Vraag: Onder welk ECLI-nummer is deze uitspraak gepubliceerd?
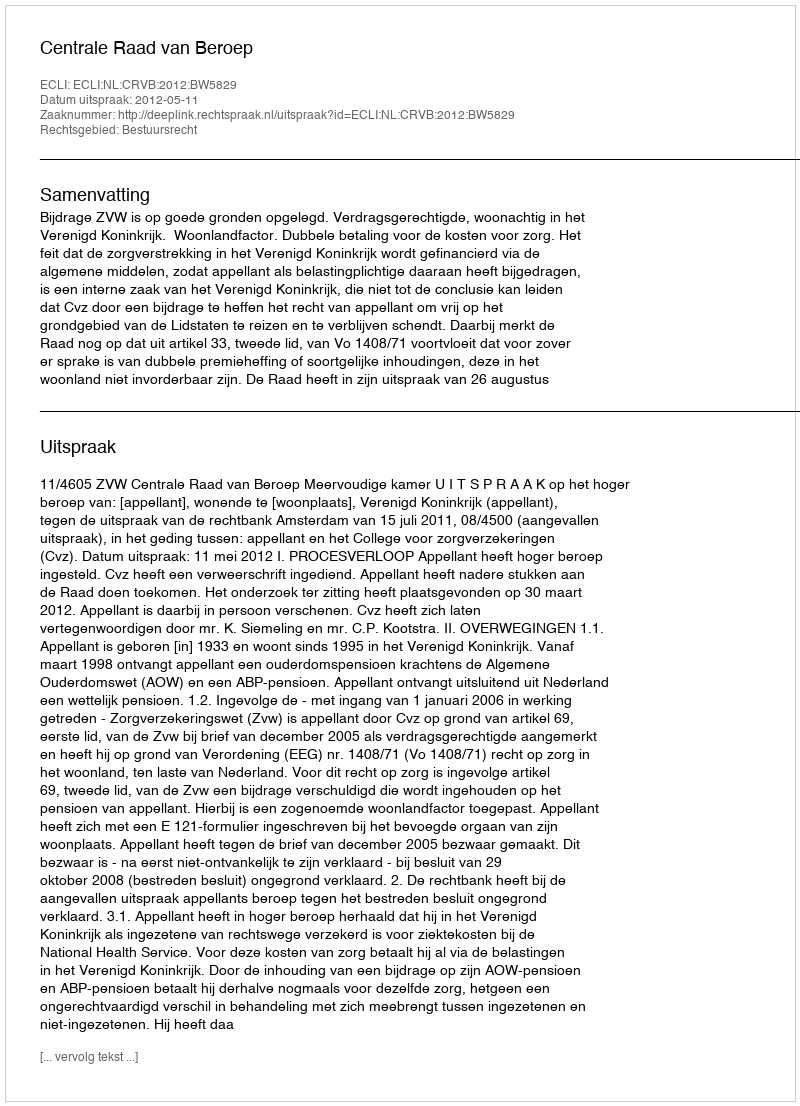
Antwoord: ECLI:NL:CRVB:2012:BW5829